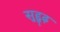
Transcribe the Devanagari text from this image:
सुद्दुृढ़